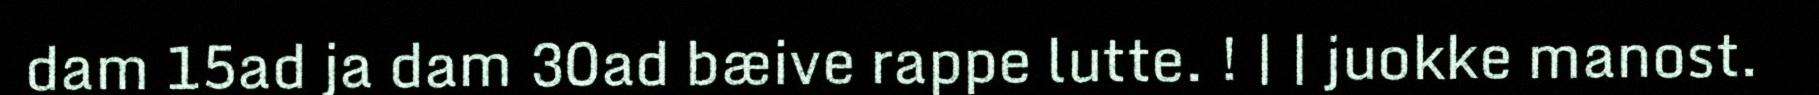
dam 15ad ja dam 30ad bæive rappe lutte. ! | | juokke manost.